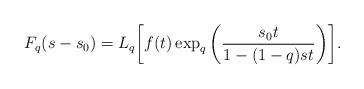
LaTeX: \begin{align*} F_{q}(s-s_{0}) = L_{q} \bigg[ f(t) \exp_{q} \bigg( \frac{s_{0} t}{1-(1-q)st} \bigg) \bigg]. \end{align*}